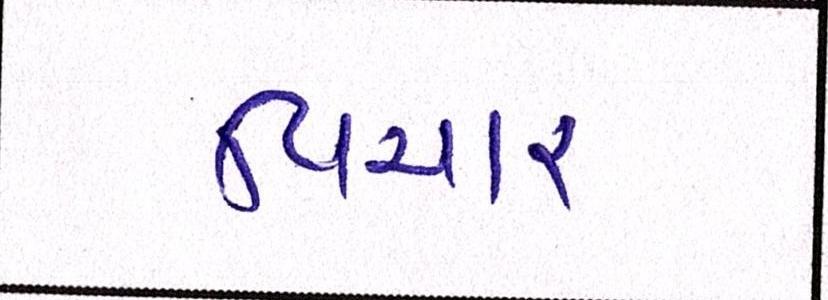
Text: વિચાર